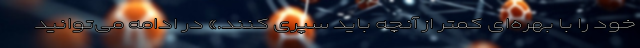
خود را با بهره‌ای کمتر از آنچه باید سپری ‌کنند.» در ادامه می‌توانید